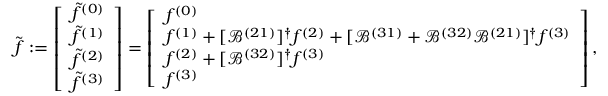
\tilde { \boldsymbol { f } } : = \left[ \begin{array} { l } { \tilde { f } ^ { ( 0 ) } } \\ { \tilde { f } ^ { ( 1 ) } } \\ { \tilde { f } ^ { ( 2 ) } } \\ { \tilde { f } ^ { ( 3 ) } } \end{array} \right] = \left[ \begin{array} { l } { f ^ { ( 0 ) } } \\ { f ^ { ( 1 ) } + [ \mathcal { B } ^ { ( 2 1 ) } ] ^ { \dagger } f ^ { ( 2 ) } + [ \mathcal { B } ^ { ( 3 1 ) } + \mathcal { B } ^ { ( 3 2 ) } \mathcal { B } ^ { ( 2 1 ) } ] ^ { \dagger } f ^ { ( 3 ) } } \\ { f ^ { ( 2 ) } + [ \mathcal { B } ^ { ( 3 2 ) } ] ^ { \dagger } f ^ { ( 3 ) } } \\ { f ^ { ( 3 ) } } \end{array} \right] ,